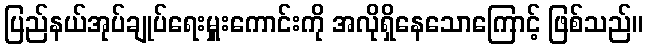
ပြည်နယ်အုပ်ချုပ်ရေးမှူးကောင်းကို အလိုရှိနေသောကြောင့် ဖြစ်သည်။